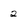
Character: 2